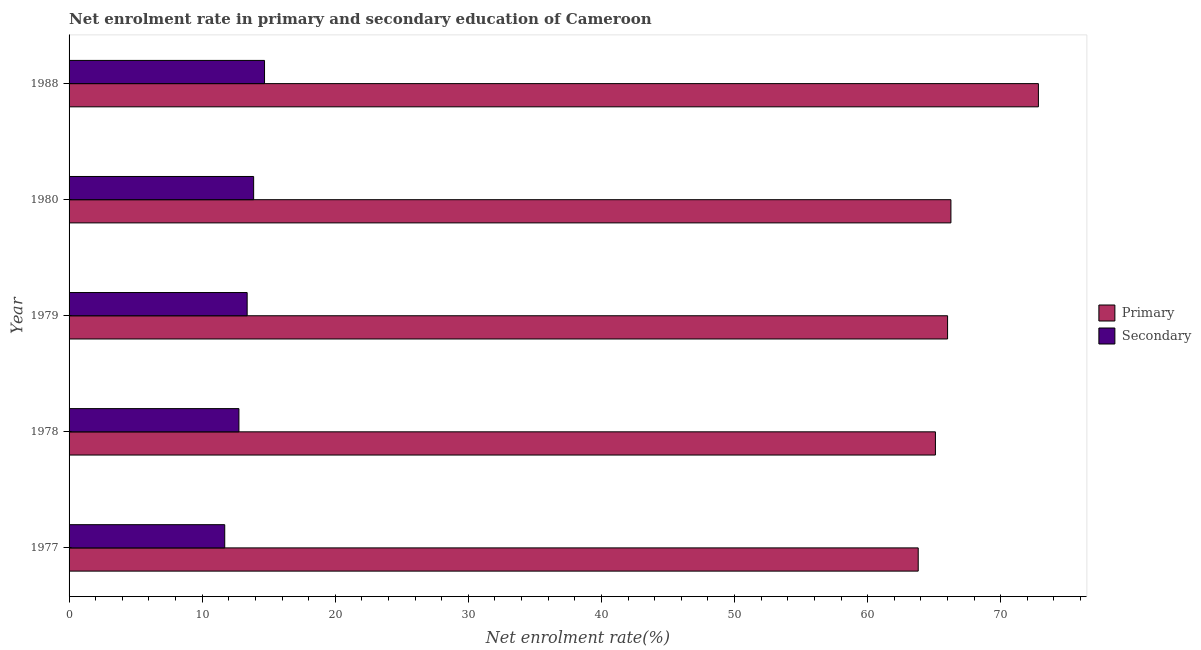
| Year | Primary | Secondary |
 | --- | --- | --- |
 | 1977 | 63.8 | 11.7 |
 | 1978 | 65.1 | 12.8 |
 | 1979 | 66 | 13.4 |
 | 1980 | 66.3 | 13.9 |
 | 1988 | 72.8 | 14.7 |